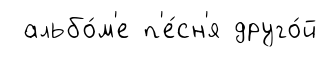
альбо́м'е п'е́сн'я друго́й